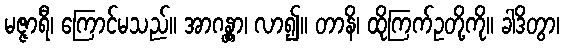
မဇ္ဇာရီ၊ ကြောင်မသည်။ အာဂန္တွာ၊ လာ၍။ တာနိ၊ ထိုကြက်ဥတို့ကို။ ခါဒိတွာ၊